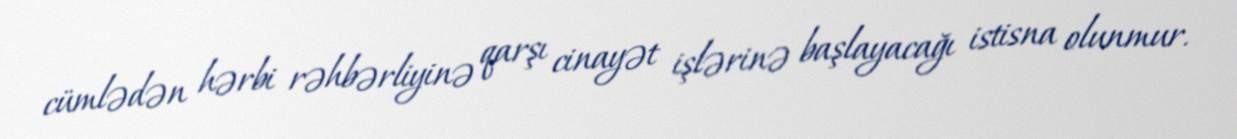
cümlədən hərbi rəhbərliyinə qarşı cinayət işlərinə başlayacağı istisna olunmur.